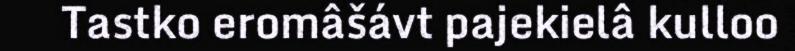
Tastko eromâšávt pajekielâ kulloo